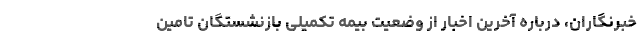
خبرنگاران، درباره آخرین اخبار از وضعیت بیمه تکمیلی بازنشستگان تامین